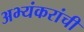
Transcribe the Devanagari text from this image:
अभ्यंकरांची